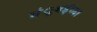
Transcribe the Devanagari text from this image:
मंुबईच्या